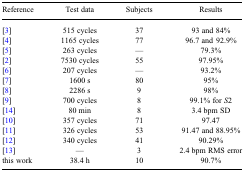
| Reference | Test data | Subjects | Results |
 | --- | --- | --- | --- |
 | [3] | 515 cycles | 37 | 93 and 84% |
 | [4] | 1165 cycles | 77 | 96.7 and 92.9% |
 | [5] | 263 cycles | — | 79.3% |
 | [2] | 7530 cycles | 55 | 97.95% |
 | [6] | 207 cycles | — | 93.2% |
 | [7] | 1600 s | 80 | 95% |
 | [8] | 2286 s | 9 | 98% |
 | [9] | 700 cycles | 8 | 99.1% for S2 |
 | [14] | 80 min | 8 | 3.4 bpm SD |
 | [10] | 357 cycles | 71 | 97.47 |
 | [11] | 326 cycles | 53 | 91.47 and 88.95% |
 | [12] | 340 cycles | 41 | 90.29% |
 | [13] | — | 3 | 2.4 bpm RMS error |
 | this work | 38.4 h | 10 | 90.7% |